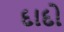
દાદો